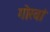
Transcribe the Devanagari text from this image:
गोरवां